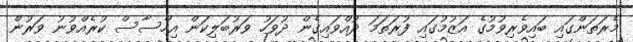
މެރަތަންގައި ބައިވެރިވުމުގެ އަޒުމުގައި ފުރަތަމަ ދުއްވައިގެން ދުވަހު ވަރުބަލިކަން އިހްސާސް ކުރެއްވުނު ވަރުން